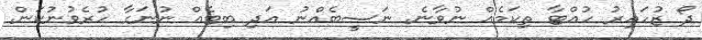
ދޯ ޒުހައިރު ހުއްޓާ ތިކަމެއް ނުވާނެ. ނަސީބެއްނު އަދި ބިޓެއް ނުނަގާ ހުރެވުނުކަން.